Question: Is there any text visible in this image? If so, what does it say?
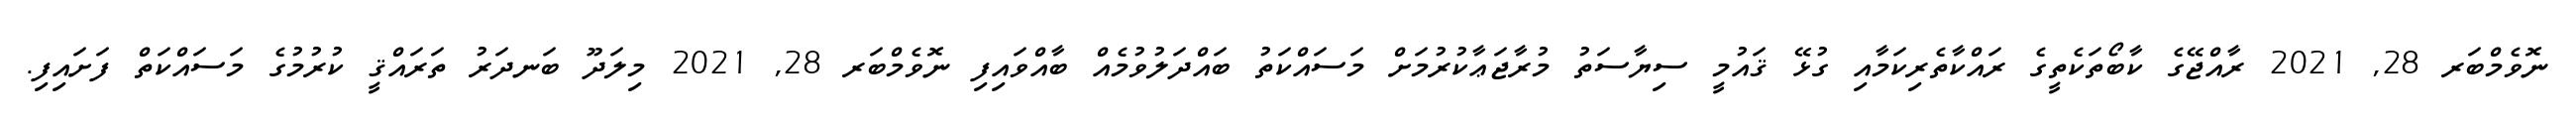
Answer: ނޮވެމްބަރ 28, 2021 ރާއްޖޭގެ ކާބޯތަކެތީގެ ރައްކާތެރިކަމާއި ގުޅޭ ޤައުމީ ސިޔާސަތު މުރާޖަޢާކުރުމަށް މަސައްކަތު ބައްދަލުވުމެއް ބާއްވައިފި ނޮވެމްބަރ 28, 2021 މިލަދޫ ބަނދަރު ތަރައްޤީ ކުރުމުގެ މަސައްކަތް ފަށައިފި.